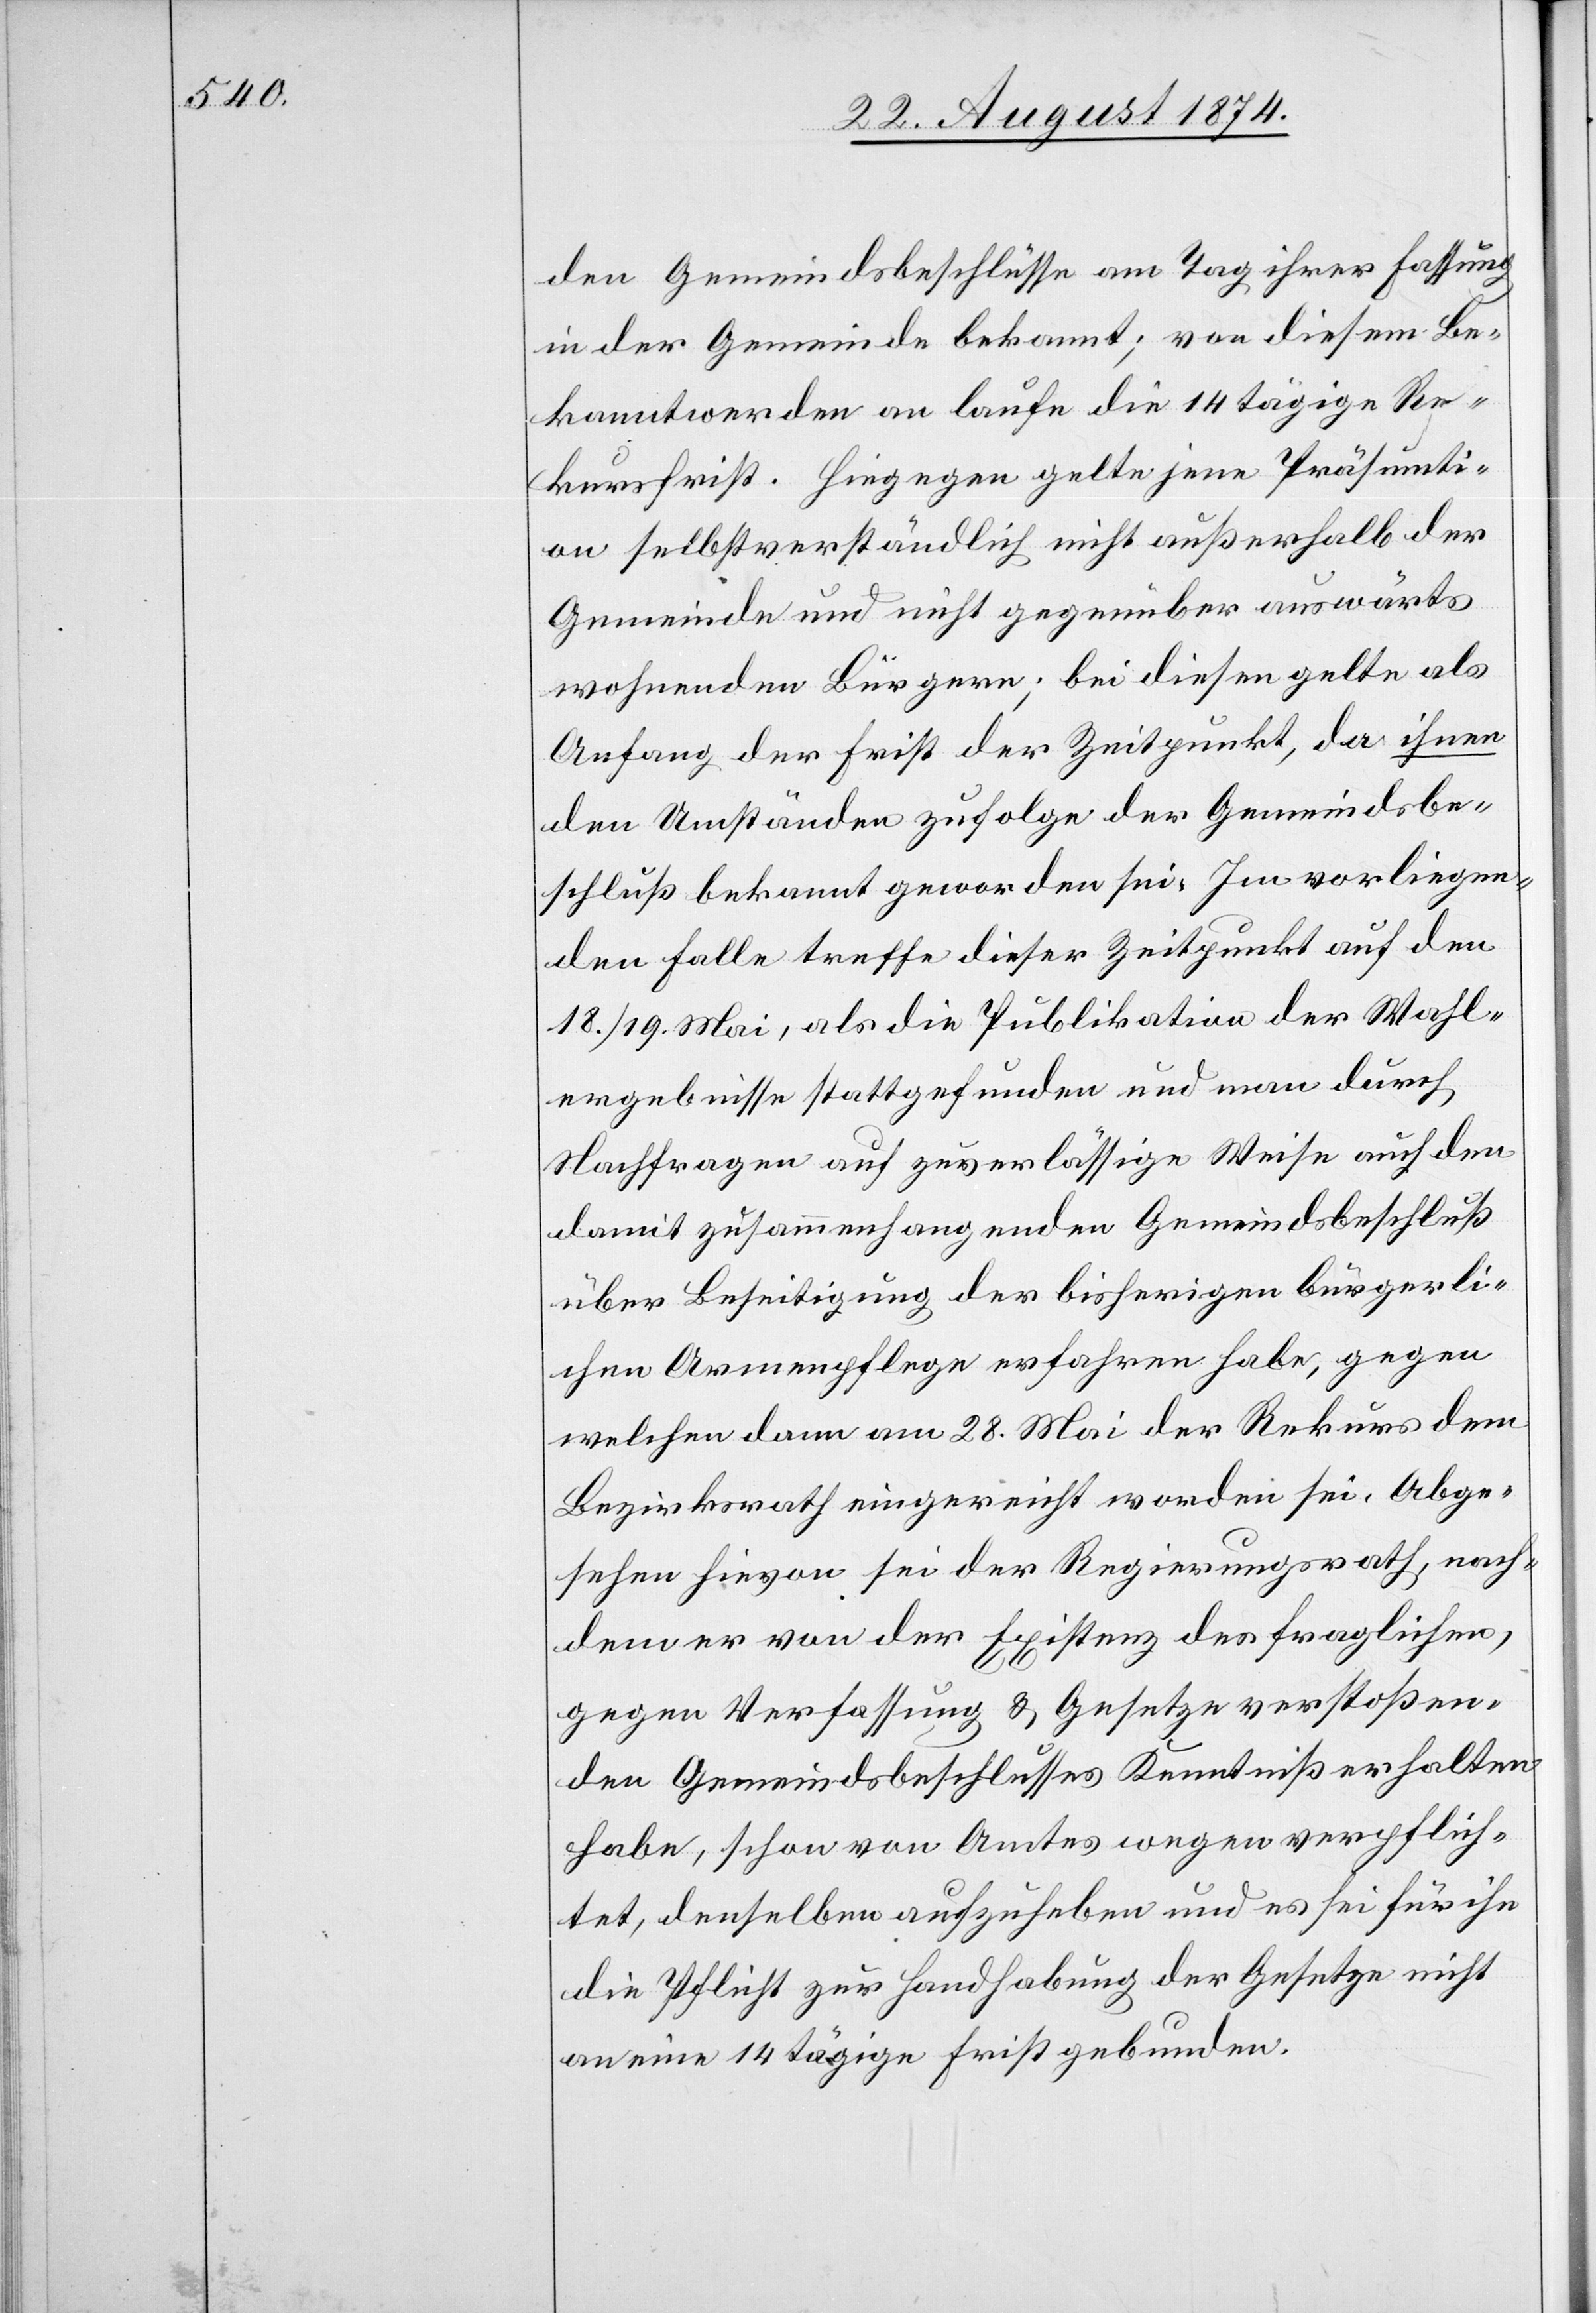
den Gemeindsbeschlüsse am Tag ihrer Fassung
in der Gemeinde bekannt; von diesem Be¬
kanntwerden an laufe die 14 tägige Re¬
kursfrist. Hiegegen gelte jene Präsumti¬
on selbstverständlich nicht außerhalb der
Gemeinde und nicht gegenüber auswärts
wohnenden Bürgern; bei diesen gelte als
Anfang der Frist der Zeitpunkt, da ihnen
den Umständen zufolge der Gemeindsbe¬
schluß bekannt geworden sei. Im vorliegen¬
den Falle treffe dieser Zeitpunkt auf den
18./19. Mai, als die Publikation der Wahl¬
ergebnisse stattgefunden und man durch
Nachfragen auf zuverlässige Weise auch den
damit zusammenhangenden Gemeindsbeschluß
über Beseitigung der bisherigen bürgerli¬
chen Armenpflege erfahren habe, gegen
welchen dann am 28. Mai der Rekurs dem
Bezirksrath eingereicht worden sei. Abge¬
sehen hievon sei der Regierungsrath, nach¬
dem er von der Existenz des fraglichen,
gegen Verfassung u. Gesetze verstoßen¬
den Gemeindsbeschlusses Kenntniß erhalten
habe, schon von Amtes wegen verpflich¬
tet, denselben aufzuheben und es sei für ihn
die Pflicht zur Handhabung der Gesetze nicht
an eine 14 tägige Frist gebunden.